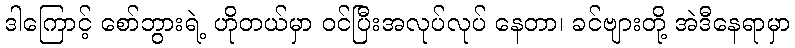
ဒါကြောင့် စော်ဘွားရဲ့ ဟိုတယ်မှာ ဝင်ပြီးအလုပ်လုပ် နေတာ၊ ခင်ဗျားတို့ အဲဒီနေရာမှာ